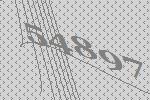
54897